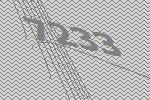
7233